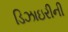
ડિઝાઇરીની